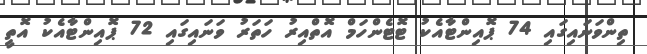
ތިންވަނައިގައި 74 ޕޮއިންޓާއެކު ޓޮޓެންހަމް އޮތްއިރު ހަތަރު ވަނައިގައި 72 ޕޮއިންޓާއެކު އޮތީ